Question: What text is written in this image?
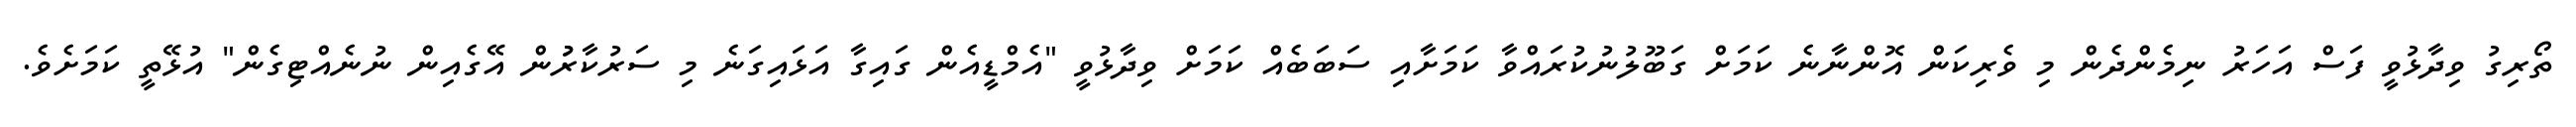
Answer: ތޯރިގު ވިދާޅުވީ ފަސް އަހަރު ނިމެންދެން މި ވެރިކަން އޮންނާނެ ކަމަށް ގަބޫލުނުކުރައްވާ ކަމަށާއި ސަބަބެއް ކަމަށް ވިދާޅުވީ "އެމްޑީއެން ގައިގާ އަޅައިގަނެ މި ސަރުކާރުުން އޭގެއިން ނުނެއްޓިގެން" އުޅޭތީ ކަމަށެވެ.